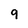
Character: 9